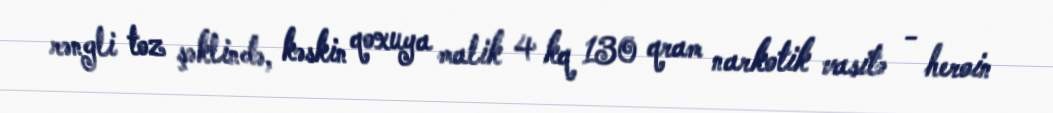
rəngli toz şəklində, kəskin qoxuya malik 4 kq 130 qram narkotik vasitə - heroin